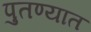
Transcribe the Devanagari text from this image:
पुतण्यात